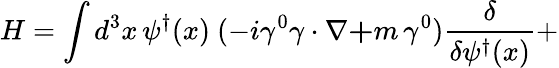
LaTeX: H=\int d^{3}x\, \psi^{\dagger}(x)\ (-i\gamma^{0}\mathbf{\gamma}\cdot\mathbf{\nabla+}m\, \gamma^{0})\frac{\delta}{\delta\psi^{\dagger}(x)}+